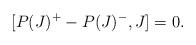
LaTeX: \begin{align*}[P(J)^+ - P(J)^-, J] = 0.\end{align*}